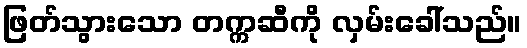
ဖြတ်သွားသော တက္ကဆီကို လှမ်းခေါ်သည်။